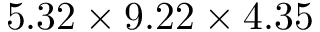
5 . 3 2 \times 9 . 2 2 \times 4 . 3 5